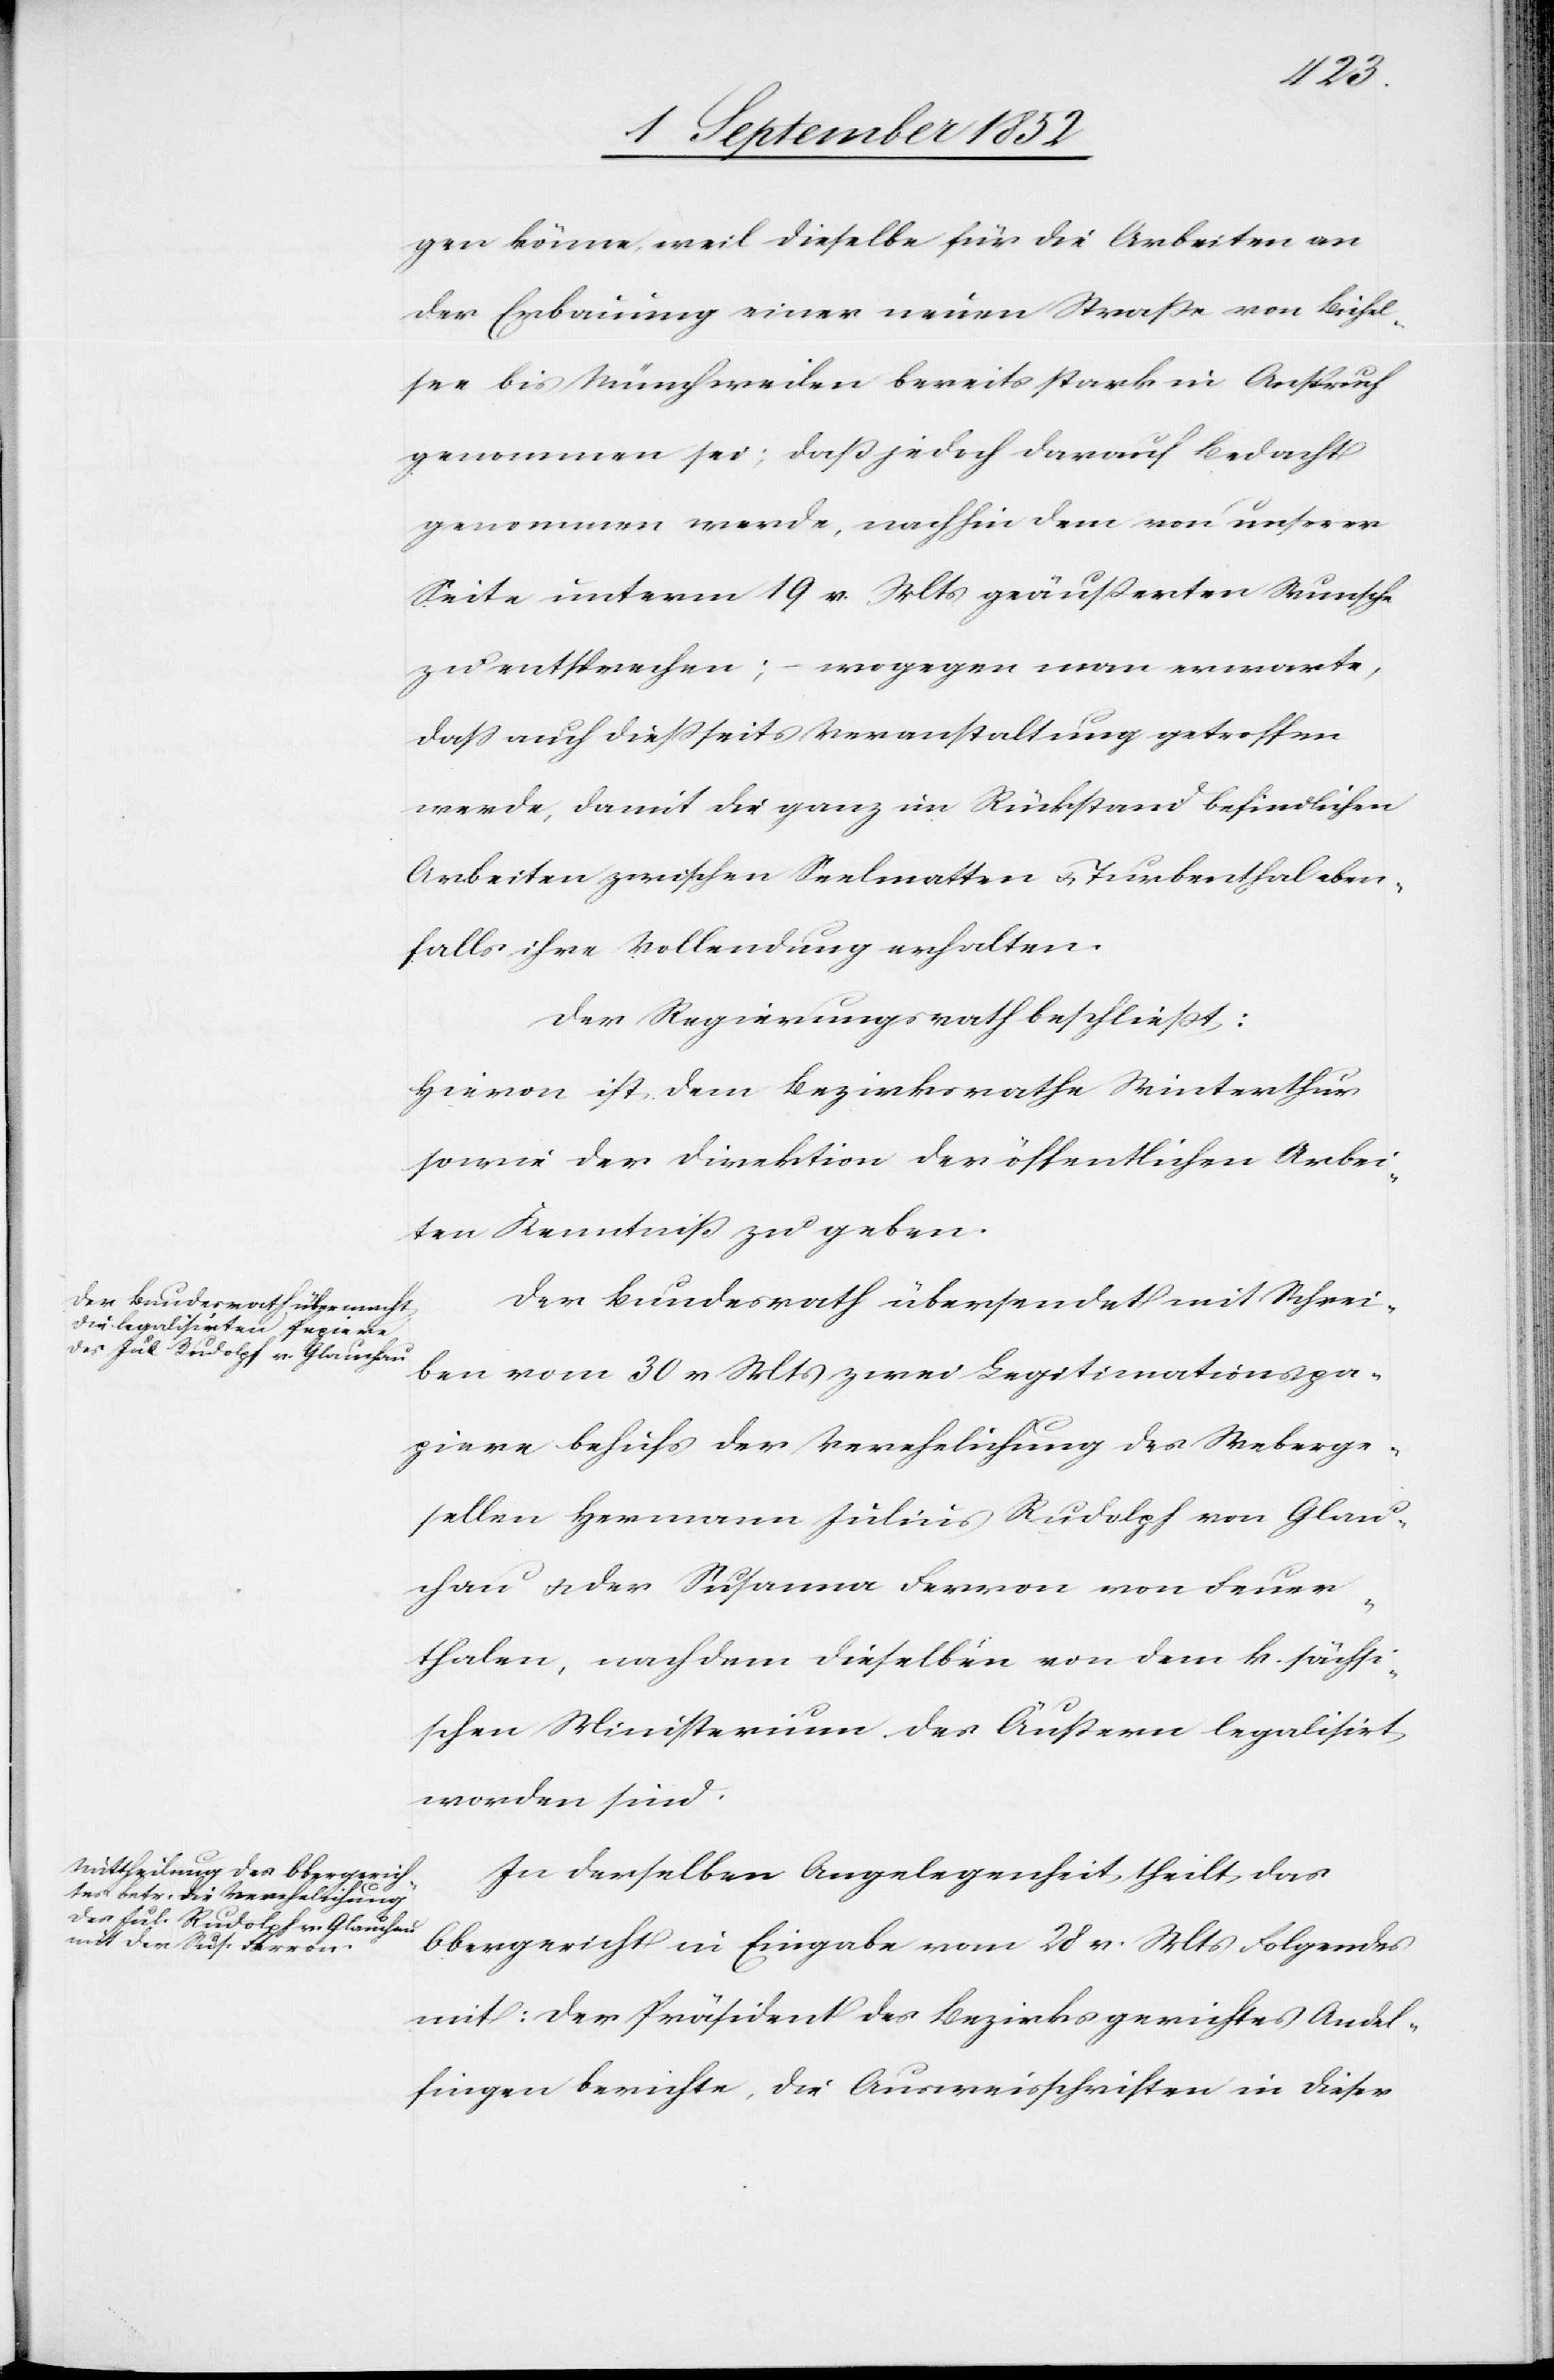
gen könne, weil dieselbe für die Arbeiten an
der Erbauung einer neuen Straße von Bichel¬
see bis Münchweilen bereits stark in Anspruch
genommen sei; daß jedoch darauf Bedacht
genommen werde, nachhin dem von unserer
Seite unterm 19 v. Mts geäußerten Wunsche
zu entsprechen; – wogegen man erwarte,
dass auch dießseits Veranstaltung getroffen
werde, damit die ganz im Rückstand befindlichen
Arbeiten zwischen Seelmatten & Turbenthal eben¬
falls ihre Vollendung erhalten.
Der Regierungsrath beschließt:
Hievon ist dem Bezirksrathe Winterthur
sowie der Direktion der öffentlichen Arbei¬
ten Kenntniß zu geben.
Der Bundesrath übersendet mit Schrei¬
ben vom 30 v Mts zwei Legitimationspa¬
piere behufs der Verehelichung des Weberge¬
sellen Hermann Julius Rudolph von Glau¬
chau & der Susanna Ferron von Feuer¬
thalen, nachdem dieselben von dem k. sächsi¬
schen Ministerium des Äußern legalisirt
worden sind.
In derselben Angelegenheit theilt das
Obergericht in Eingabe vom 28 v. Mts Folgendes
mit: Der Präsident des Bezirksgerichtes Andel¬
fingen berichte, die Ausweisschriften in dieser